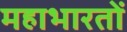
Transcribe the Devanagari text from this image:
महाभारतों